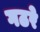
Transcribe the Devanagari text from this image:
गठरे